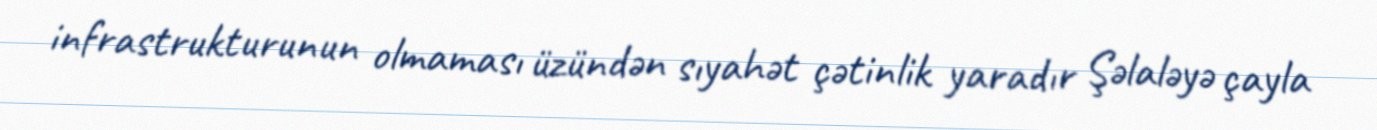
infrastrukturunun olmaması üzündən sıyahət çətinlik yaradır Şəlaləyə çayla